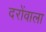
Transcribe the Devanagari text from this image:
दरोंवाला